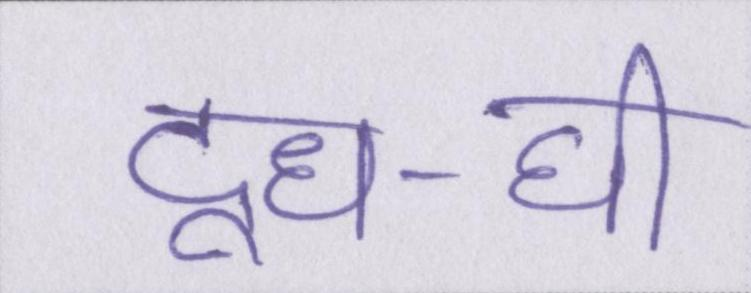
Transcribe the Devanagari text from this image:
दूध-घी